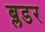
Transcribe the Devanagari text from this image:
ब्लडर